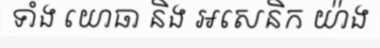
ទាំង យោធា និង អសេនិក យ៉ាង